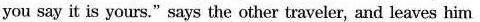
you say it is yours."says the other traveler, and leaves him